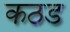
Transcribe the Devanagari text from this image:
कठड